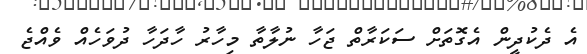
އެ ދެކުދީން އެގޮތަށް ސަކަރާތް ޖަހާ ނުލާތާ މިހާރު ހާދަހާ ދުވަހެއް ވެއްޖެ